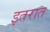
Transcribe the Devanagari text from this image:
इतरात